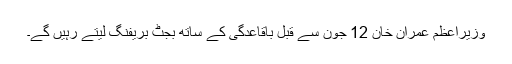
وزیراعظم عمران خان 12 جون سے قبل باقاعدگی کے ساتھ بجٹ بریفنگ لیتے رہیں گے۔